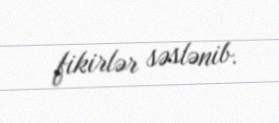
fikirlər səslənib.